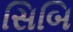
સિબિ